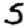
Digit: 5